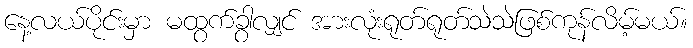
နေ့လယ်ပိုင်းမှာ မထွက်ခွာလျှင် အားလုံးရုတ်ရုတ်သဲသဲဖြစ်ကုန်လိမ့်မယ်။